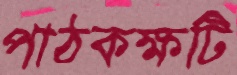
পাঠকক্ষটি